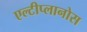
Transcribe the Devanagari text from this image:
एल्टीप्लानोस